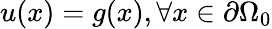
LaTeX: u(x)=g(x),\forall x\in\partial\Omega_{0}